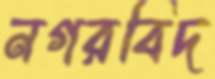
নগরবিদ